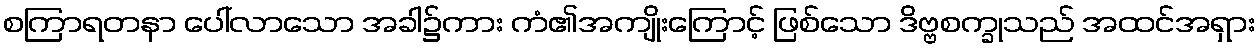
စကြာရတနာ ပေါ်လာသော အခါ၌ကား ကံ၏အကျိုးကြောင့် ဖြစ်သော ဒိဗ္ဗစက္ခုသည် အထင်အရှား